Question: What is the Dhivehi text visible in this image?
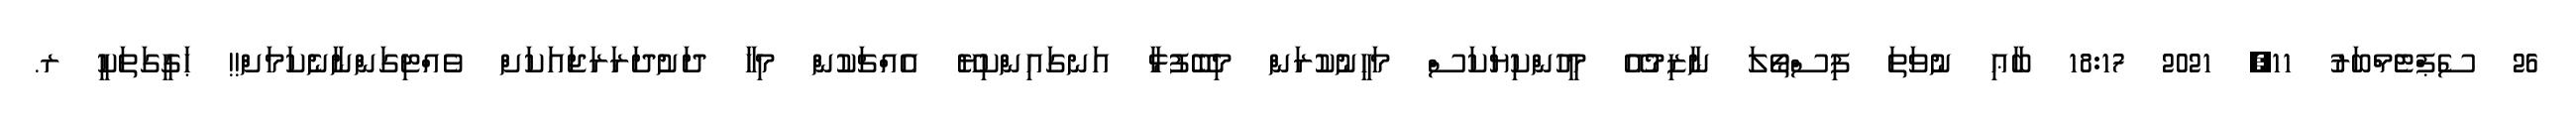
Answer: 26 ސެޕްޓެމްބަރު 11, 2021 18:17 ބާޢި ނުވަތަ ފިސްތޯލަ ނާޒިމުއޭ މީހުންކިޔަކަސް މަހީނުކުރަން މިބޭފުޅާ އަނގައިންކިޔޭ އެއްޗަކުން މިހާ ދަށުދަރަރަޖައަކަށް ވެއްޓިގަންނާނެކަމަށް!! ޙަގީގަތަކީ ރ.